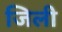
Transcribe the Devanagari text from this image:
जिली